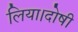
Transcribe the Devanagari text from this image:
लिया।दोषी